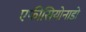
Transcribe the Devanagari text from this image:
एफीसियोनाडो